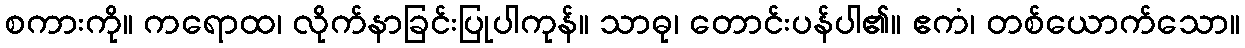
စကားကို။ ကရောထ၊ လိုက်နာခြင်းပြုပါကုန်။ သာဓု၊ တောင်းပန်ပါ၏။ ဧကံ၊ တစ်ယောက်သော။